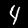
Digit: 4